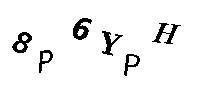
8P6YPH